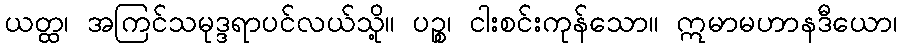
ယတ္ထ၊ အကြင်သမုဒ္ဒရာပင်လယ်သို့။ ပဉ္စ၊ ငါးစင်းကုန်သော။ ဣမာမဟာနဒီယော၊